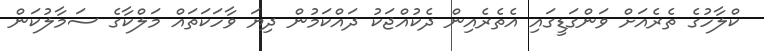
ކްލާހުގެ ތެރެއަށް ވަންގަޑީގައި އެތެރެއިން ދެކުއްޖަކު ދައްކަމުން ދިޔަ ވާހަކަތައް މަލްކާގެ ސަމާލުކަން